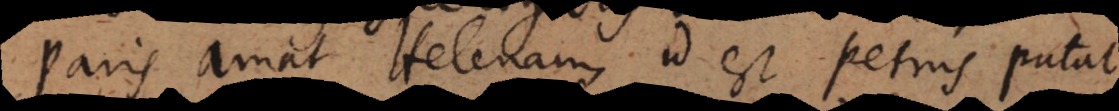
Paris amat Helenam id est [ Pari